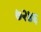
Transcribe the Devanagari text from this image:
७२४६